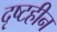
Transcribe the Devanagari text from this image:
दृष्टहीन